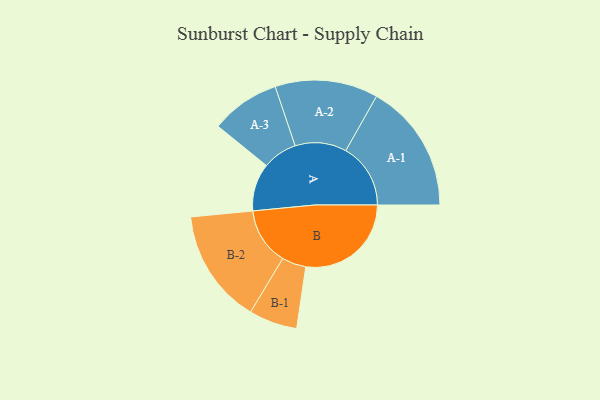
{"axis": {"x": "Segment", "y": "Value"}, "legend": ["", "A", "B"], "data": [{"x": "A", "y": 215, "type": ""}, {"x": "B", "y": 475, "type": ""}, {"x": "A-1", "y": 292, "type": "A"}, {"x": "A-2", "y": 232, "type": "A"}, {"x": "A-3", "y": 156, "type": "A"}, {"x": "B-1", "y": 109, "type": "B"}, {"x": "B-2", "y": 258, "type": "B"}]}